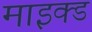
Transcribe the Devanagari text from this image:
माइक्ड